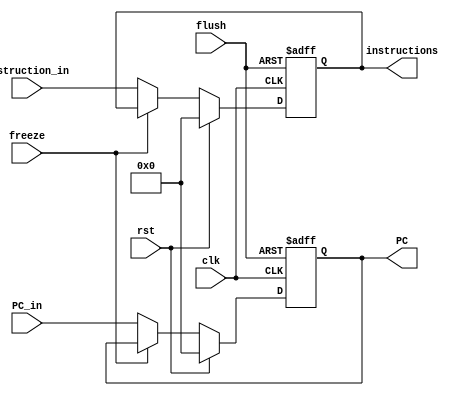
module IF_Stage_Reg (
    input clk,
    rst,
    freeze,
    flush,
    input [31:0] PC_in,
    Instruction_in,
    output reg [31:0] PC,
    instructions
);
  wire en;
  assign en = ~freeze;

  always @(posedge clk, posedge flush) begin
    if (flush) begin
      PC <= 0;
      instructions <= 0;
    end else if (rst) begin
      PC <= 0;
      instructions <= 0;
    end else if (en) begin
      PC <= PC_in;
      instructions <= Instruction_in;
    end
  end


endmodule